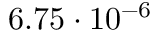
6 . 7 5 \cdot 1 0 ^ { - 6 }